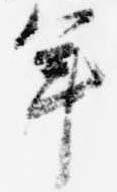
年